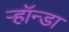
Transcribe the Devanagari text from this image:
ऱ्हॉन्डा